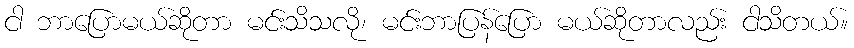
ငါ ဘာပြောမယ်ဆိုတာ မင်းသိသလို၊ မင်းဘာပြန်ပြော မယ်ဆိုတာလည်း ငါသိတယ်။